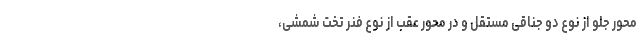
محور جلو از نوع دو جناقی مستقل و در محور عقب از نوع فنر تخت شمشی،